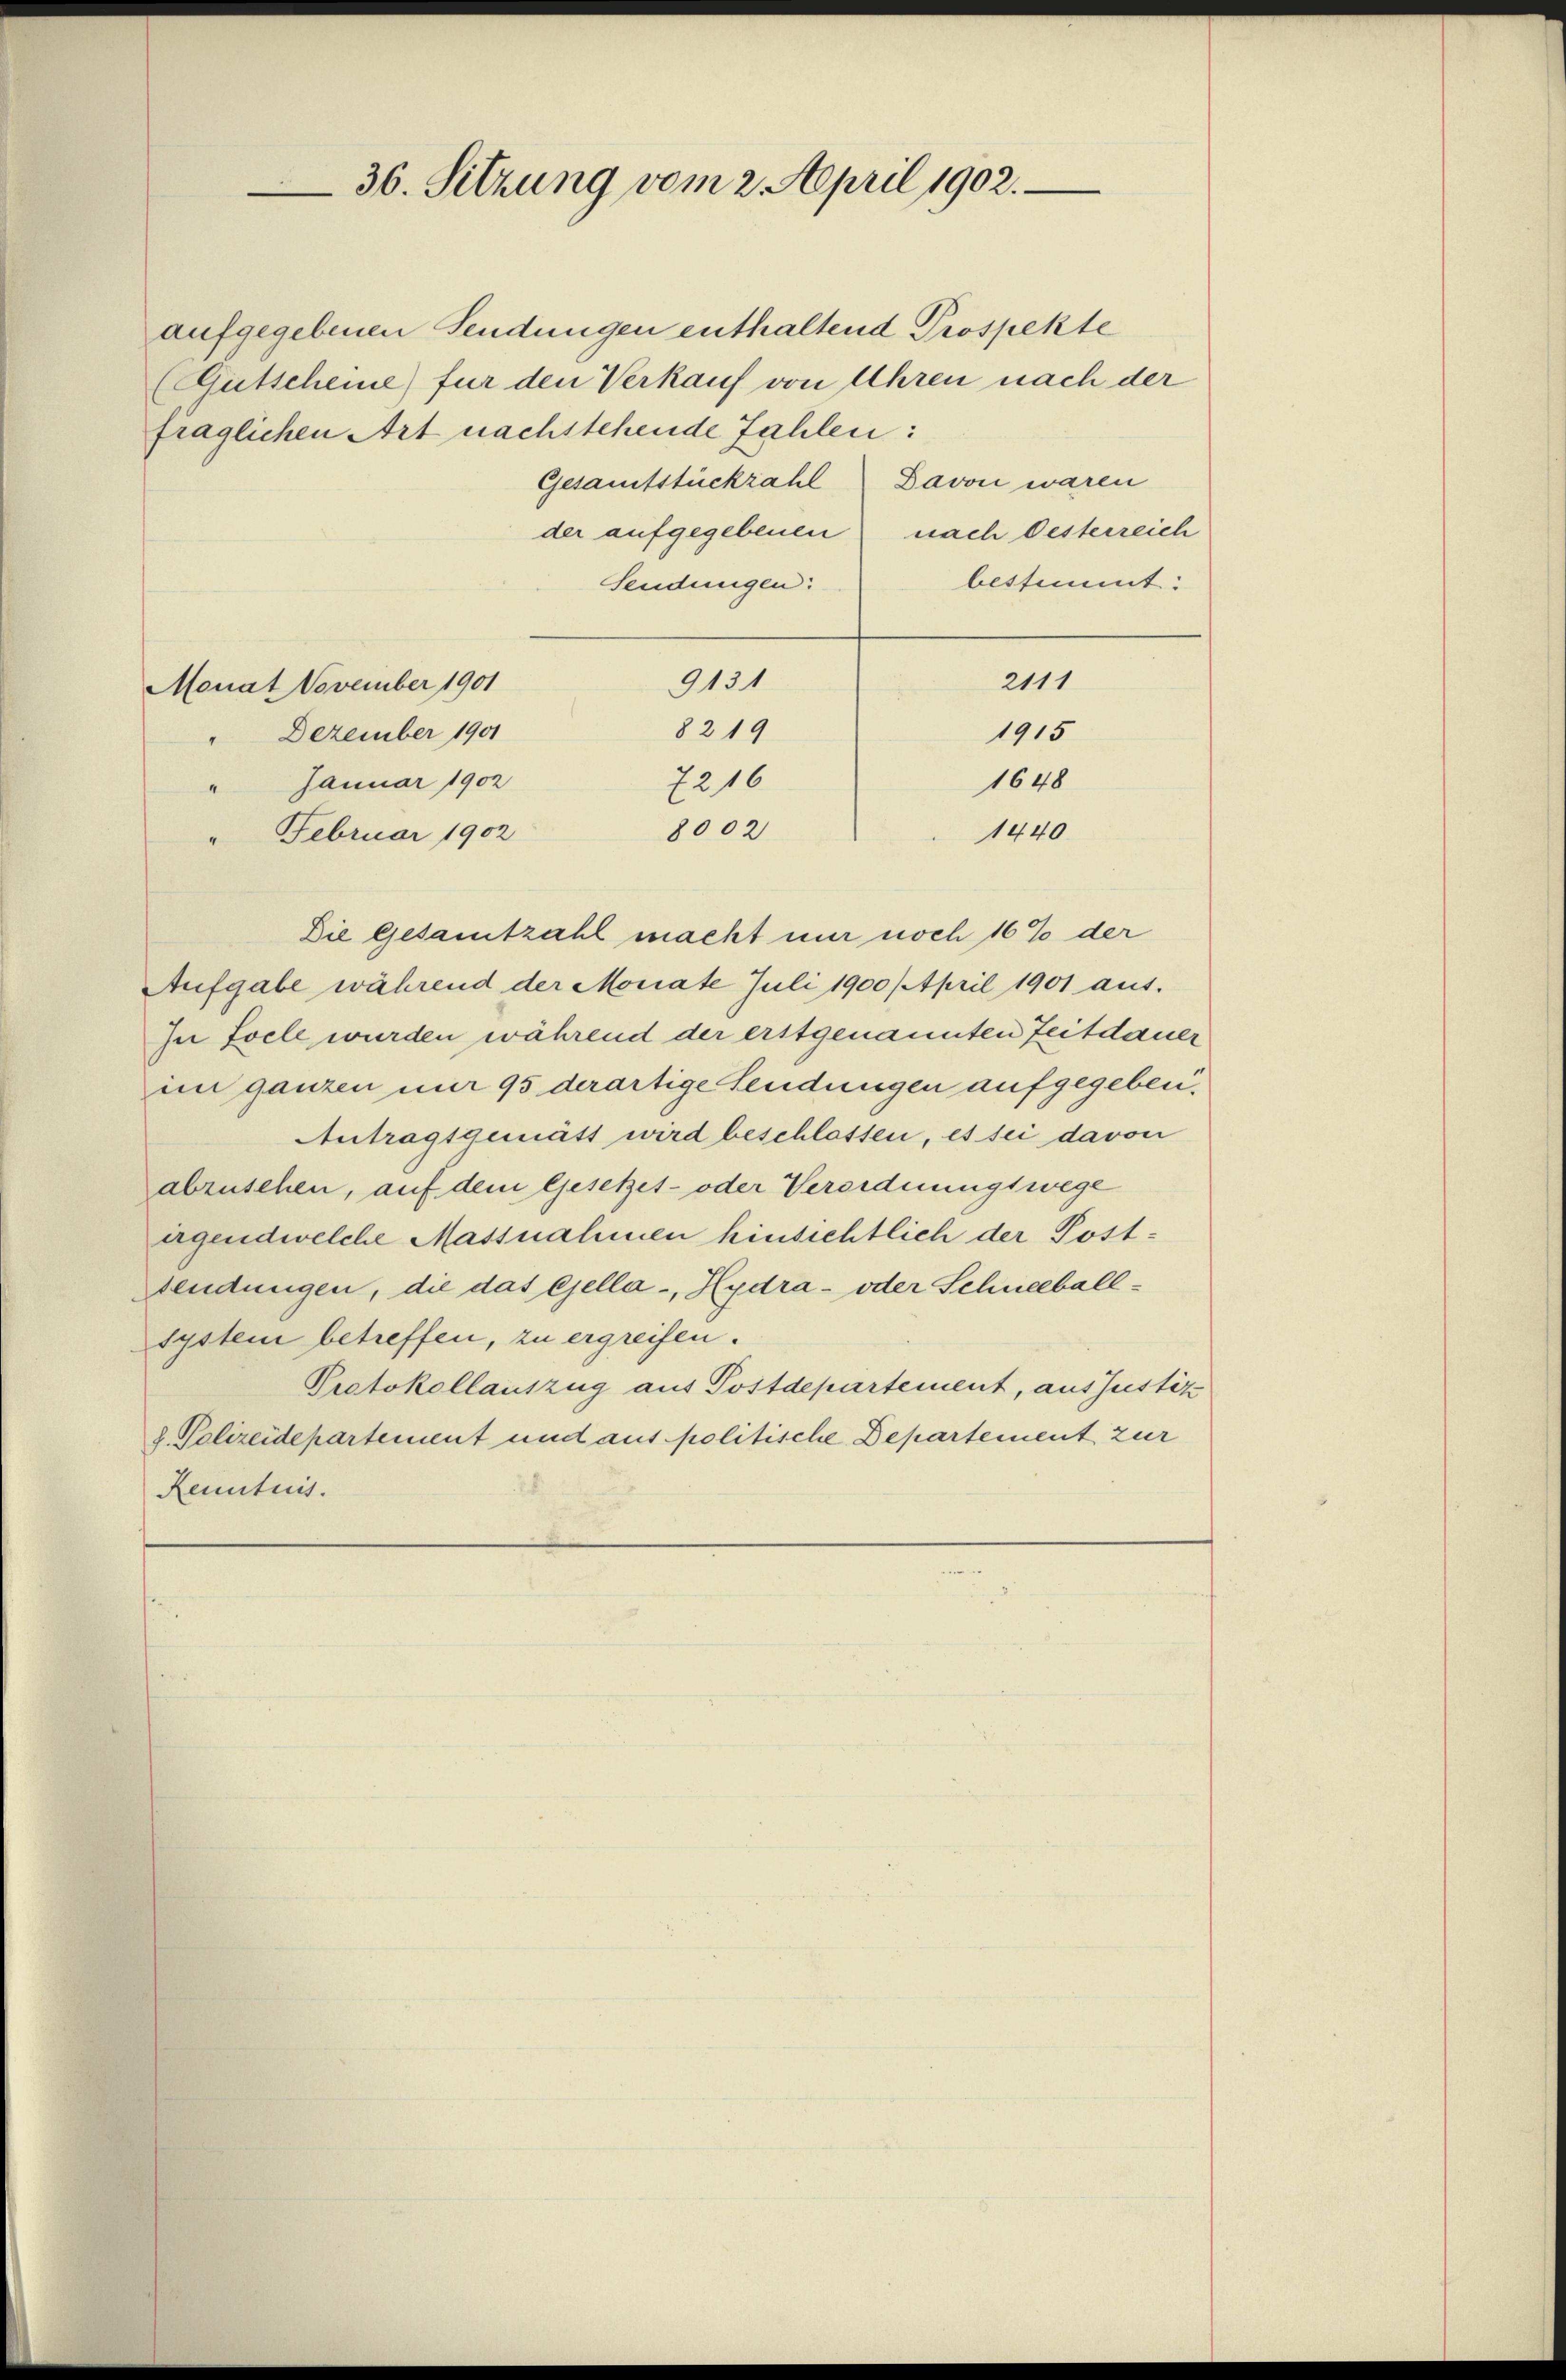
36. Sitzung vom 2. April 1902.

aufgegebenen Sendungen enthaltend Prospekte
(Gutscheine für den Verkauf von Uhren nach der
fraglichen Art nachstehende Zahlen:
Gesamtstückzahl Davon waren
der aufgegebenen
nach Oesterreich
bestimmt:
Sendungen:
2111
9131
Monat November 1901
8219
Dezember 1901
1915
" Januar 1902
7216
1648
8002
1440
" Februar 1902
Die Gesamtzahl macht nur noch 16% der
Aufgabe während der Monate Juli 1900 / April 1901 aus.
In foele wurden während der erstgenannten Zeitdauer
im ganzen mir 95 derartige Sendungen aufgegeben,
Antragsgemäss wird beschlossen, es sei davon
abzusehen, auf dem Gesetzes- oder Verordnungswege
irgendwelche Massnahmen hinsichtlich der Post¬
Sendungen, die das esella-, Hydra- oder Schneeballsystem betreffen, zu ergreifen.
Protokollauszug aus Postdepartement, aus Justiz
2. Polizeidepartement und aus politische Departement zur
Renntnis.